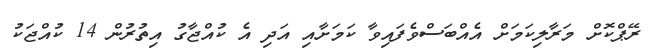
ރޭޕްކޮށް މަރާލިކަމަށް އެއްބަސްވެފައިވާ ކަމަށާއި އަދި އެ ކުއްޖާގު އިތުރުން 14 ކުއްޖަކު